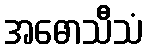
အဓောသီသံ